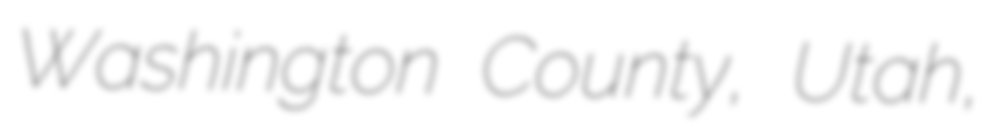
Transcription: Washington County, Utah,